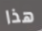
هذا